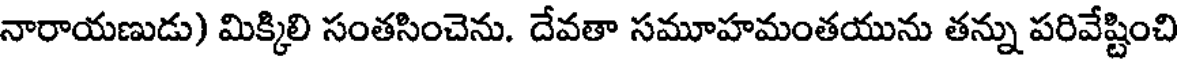
నారాయణుడు) మిక్కిలి సంతసించెను. దేవతా సమూహమంతయును తన్ను పరివేష్టించి